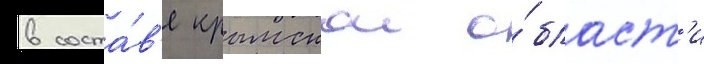
в соста́в'е крымскои о́бласт'и